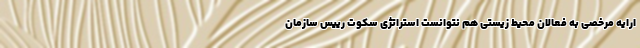
ارایه مرخصی به فعالان محیط‌ زیستی هم نتوانست استراتژی سکوت رییس سازمان